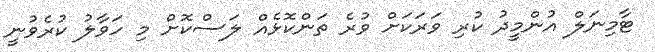
ޓާމިނަލް އުންމީދު ކުރި ވަރަކަށް ވުރެ ތަންކޮޅެއް ލަސްކޮށް މި ހަވާލު ކުރެވުނީ